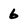
Character: 6